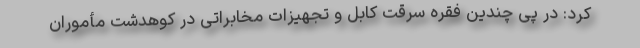
کرد: در پی چندین فقره سرقت کابل و تجهیزات مخابراتی در کوهدشت مأموران